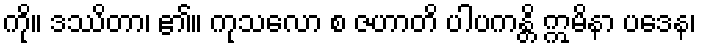
ကို။ ဒဿိတာ၊ ၏။ ကုသလော စ ဇဟာတိ ပါပကန္တိ ဣမိနာ ပဒေန၊